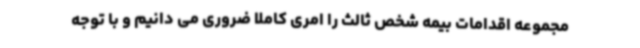
مجموعه اقدامات بیمه شخص ثالث را امری کاملا ضروری می دانیم و با توجه